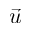
\vec { u }